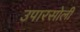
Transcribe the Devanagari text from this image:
उपारसोली